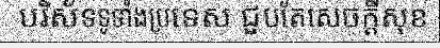
បរិស័ទទូទាំងប្រទេស ជួបតែសេចក្តីសុខ